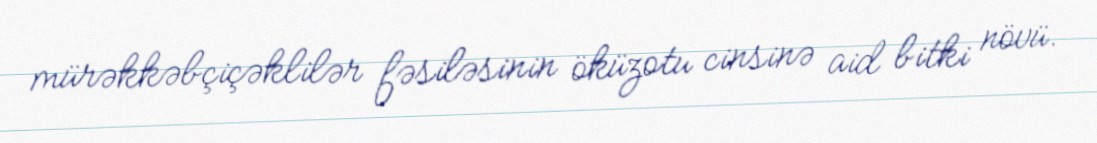
mürəkkəbçiçəklilər fəsiləsinin öküzotu cinsinə aid bitki növü.